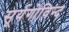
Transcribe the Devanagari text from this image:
सूर्यगोविन्द